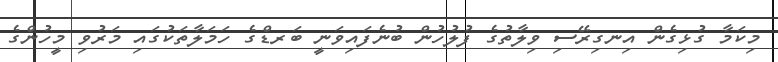
މިކަމާ ގުޅިގެން އިނގިރޭސި ވިލާތުގެ ފުލުހުން ބުނެފައިވަނީ ބަރޑްގެ ހަމަލާތަކުގައި މަރުވި މީހުންގެ